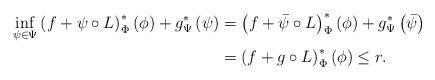
LaTeX: \begin{align*}\inf_{\psi\in\Psi}\left(f+\psi\circ L\right)^{*}_\Phi\left(\phi\right)+g^{*}_\Psi\left(\psi\right) & =\left(f+\bar{\psi}\circ L\right)^{*}_\Phi\left(\phi\right)+g^{*}_\Psi\left(\bar{\psi}\right)\\& =\left(f+g\circ L\right)^{*}_\Phi\left(\phi\right)\leq r.\end{align*}